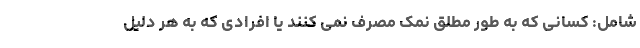
شامل: کسانی که به طور مطلق نمک مصرف نمی کنند یا افرادی که به هر دلیل